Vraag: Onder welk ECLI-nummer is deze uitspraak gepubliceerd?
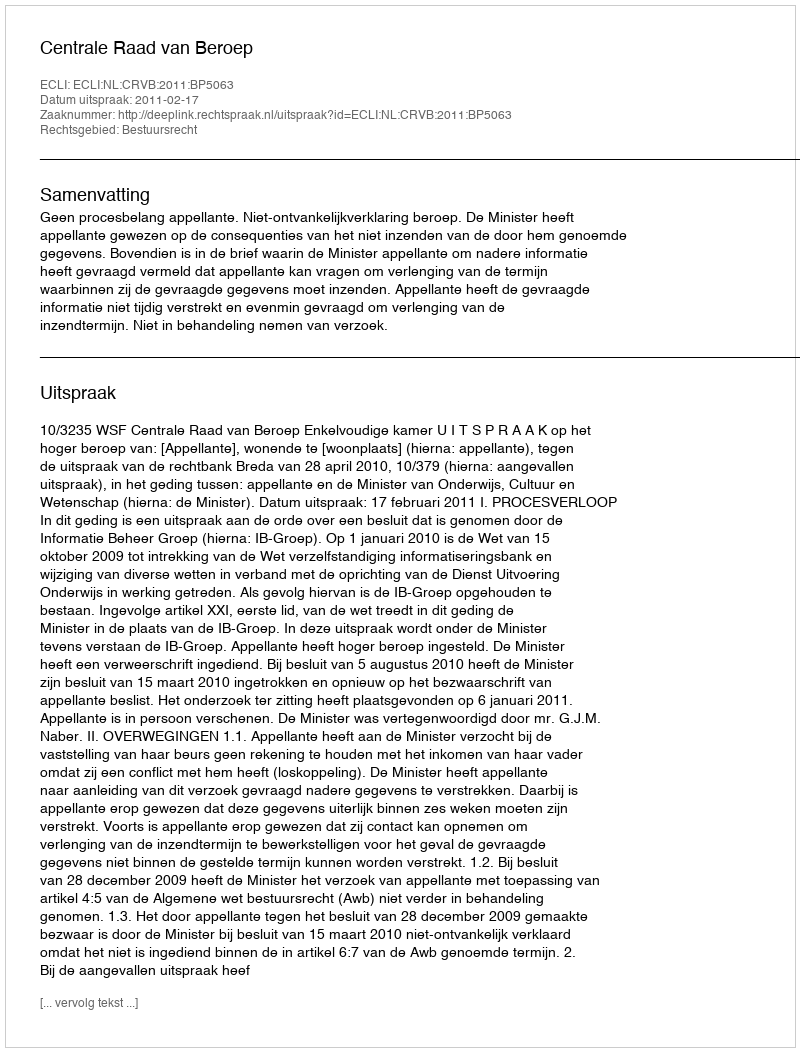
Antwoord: ECLI:NL:CRVB:2011:BP5063